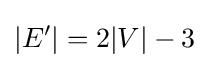
|E'|=2|V|-3